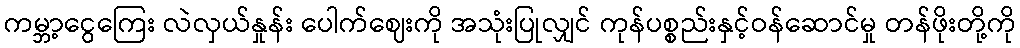
ကမ္ဘာ့ငွေကြေး လဲလှယ်နှုန်း ပေါက်ဈေးကို အသုံးပြုလျှင် ကုန်ပစ္စည်းနှင့်ဝန်ဆောင်မှု တန်ဖိုးတို့ကို